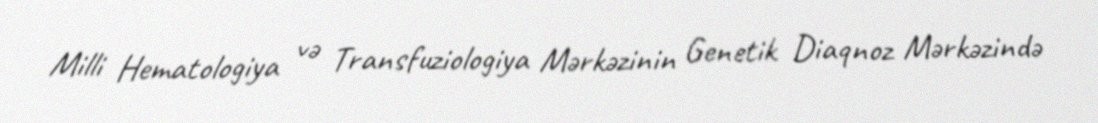
Milli Hematologiya və Transfuziologiya Mərkəzinin Genetik Diaqnoz Mərkəzində